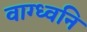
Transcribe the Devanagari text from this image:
वाग्ध्वनि